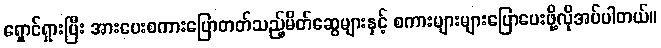
ရှောင်ရှားပြီး အားပေးစကားပြောတတ်သည့်မိတ်ဆွေများနှင့် စကားများများပြောပေးဖို့လိုအပ်ပါတယ်။